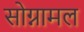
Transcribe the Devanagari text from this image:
सोग्नामल